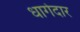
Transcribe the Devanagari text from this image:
धागेदार